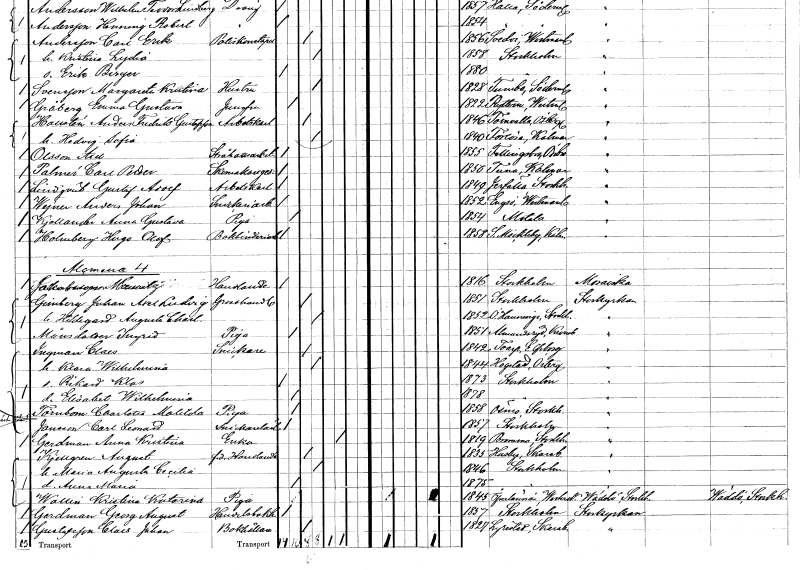
gt_parse: households: individuals: FN: Axel
EN: Olsson
YRKE: Stråhattsarbetare
KON: M
CIV: O
FODAR: 1855
FODFORS: Fellingsbro Örebro län
FN: Carl Petter
EN: Palmér
YRKE: Skomakaregesäll
KON: M
CIV: O
FODAR: 1850
FODFORS: Tuna Kalmar län
FN: Gustaf Adolf
EN: Lindqvist
YRKE: Arbetskarl
KON: M
CIV: O
FODAR: 1849
FODFORS: Järfälla Stockholms län
FN: Anders Johan
EN: Wejner
YRKE: Snickeriarbetare
KON: M
CIV: O
FODAR: 1852
FODFORS: Ängsö Västmanlands län
FN: Anna gustava
EN: Kjellander
YRKE: Piga
KON: K
CIV: O
FODAR: 1854
FODFORS: Motala Östergötlands län
FN: Hugo Olof
EN: Holmberg
YRKE: Bokbinderiarbetare
KON: M
CIV: O
FODAR: 1858
FODFORS: Södra Möckleby Kalmar län
FN: Mauritz
EN: Jakobsson
YRKE: Handlande
KON: M
CIV: O
FODAR: 1816
FODFORS: Stockholm
FN: Johan Axel Ludvig
EN: Grinberg
YRKE: Grosshandlare
KON: M
CIV: G
FODAR: 1851
FODFORS: Stockholm
FN: Hildegard Augusta Charlotta
KON: K
CIV: G
FODAR: 1852
FODFORS: Österhaninge Stockholms län
FN: Ingrid
EN: Månsdotter
YRKE: Piga
KON: K
CIV: O
FODAR: 1851
FODFORS: Almundsryd Kronobergs län
FN: Claes
EN: Ingman
YRKE: Snickare
KON: M
CIV: G
FODAR: 1842
FODFORS: Toarp Älvsborgs län
FN: Klara Wilhelmina
KON: K
CIV: G
FODAR: 1844
FODFORS: Hogstad Östergötlands län
FN: Rikard Klas
KON: M
CIV: O
FODAR: 1873
FODFORS: Stockholm
FN: Elisabet Wilhelmina
KON: K
CIV: O
FODAR: 1878
FODFORS: Stockholm
FN: Charlotta Matilda
EN: Törnbom
YRKE: Piga
KON: K
CIV: O
FODAR: 1858
FODFORS: Ösmo Stockholms län
FN: Carl Leonard
EN: Jansson
YRKE: Snickarelärling
KON: M
CIV: O
FODAR: 1857
FODFORS: Stockholm
FN: Anna Kristina
EN: Gerdman
YRKE: Änka
KON: K
CIV: E
FODAR: 1819
FODFORS: Bromma Stockholms län
FN: August
EN: Kjellgren
YRKE: Handlande f.d.
KON: M
CIV: G
FODAR: 1835
FODFORS: Husaby Skaraborgs län
FN: Maria Augusta Cecilia
KON: K
CIV: G
FODAR: 1846
FODFORS: Stockholm
FN: Anna Maria
KON: K
CIV: O
FODAR: 1875
FODFORS: Stockholm
FN: Kristina Katarina
EN: Wallin
YRKE: Piga
KON: K
CIV: O
FODAR: 1845
FODFORS: Överlännäs Västernorrlands län
FN: Georg August
EN: Gerdman
YRKE: Handelsbokhållare
KON: M
CIV: O
FODAR: 1857
FODFORS: Stockholm
FN: Claes Johan
EN: Gustafsson
YRKE: Bokhållare
KON: M
CIV: O
FODAR: 1827
FODFORS: Lyrestad Skaraborgs län